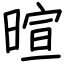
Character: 暄